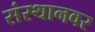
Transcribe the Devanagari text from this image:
संस्थानवर